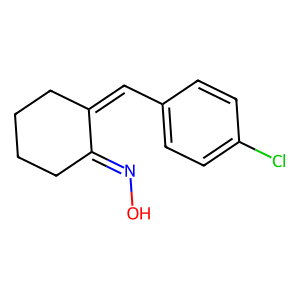
SMILES: ON=C1CCCCC1=Cc1ccc(Cl)cc1
Inhibits HIV replication: No